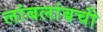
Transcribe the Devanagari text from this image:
लांबलांबची